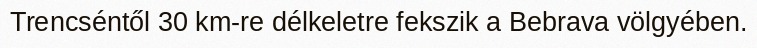
Trencséntől 30 km-re délkeletre fekszik a Bebrava völgyében.